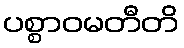
ပစ္စာဝမတီတိ